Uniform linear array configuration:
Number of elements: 4
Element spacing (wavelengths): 0.5
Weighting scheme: uniform
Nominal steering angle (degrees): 60
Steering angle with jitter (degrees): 61.878
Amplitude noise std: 0.05
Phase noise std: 0.05

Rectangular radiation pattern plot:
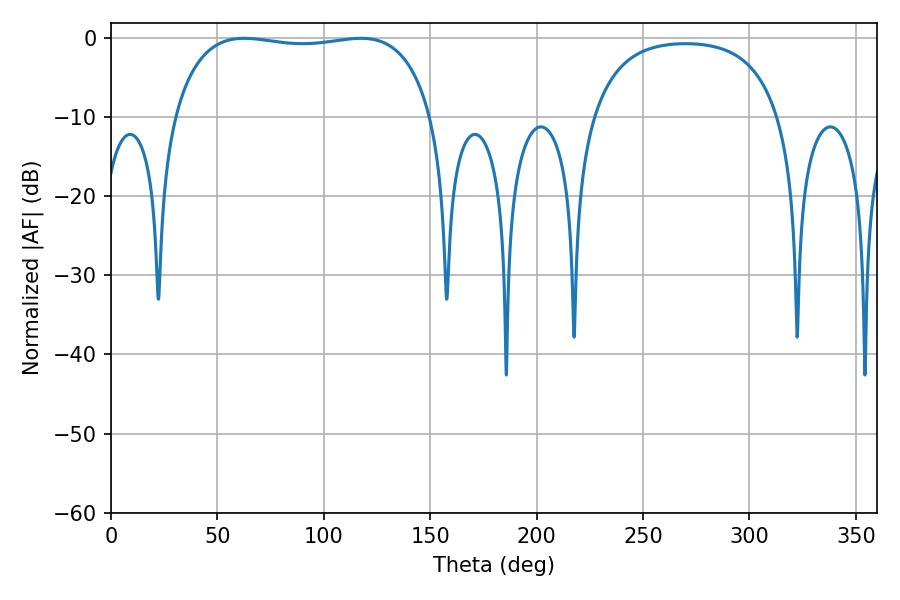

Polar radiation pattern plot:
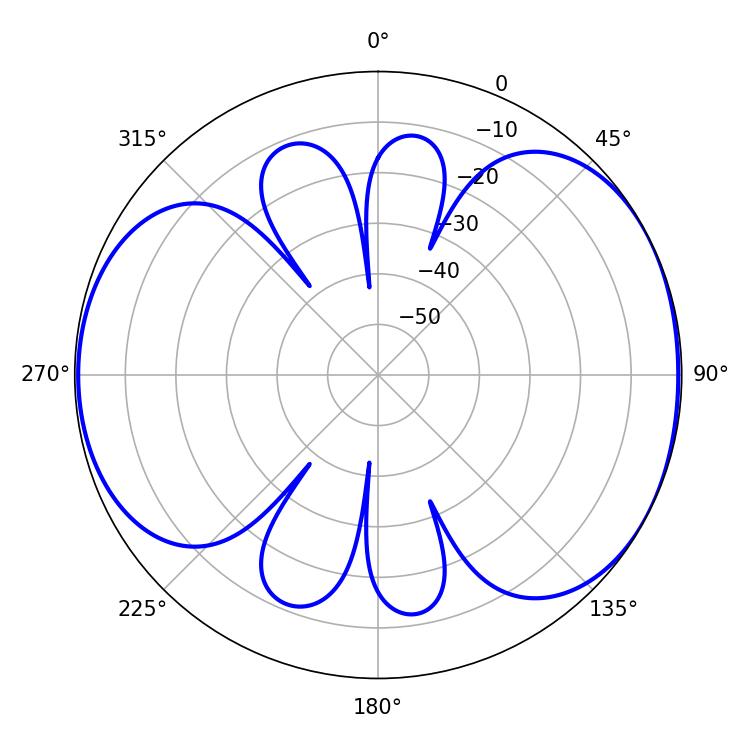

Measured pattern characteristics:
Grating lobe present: FALSE
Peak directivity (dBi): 5.472
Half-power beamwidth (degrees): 97.56
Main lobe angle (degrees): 62.64